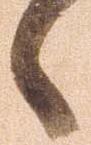
候